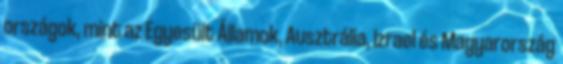
országok, mint az Egyesült Államok, Ausztrália, Izrael és Magyarország